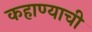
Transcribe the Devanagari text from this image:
कहाण्याची